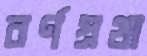
বর্ণপ্রথা